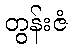
တွန်းဇံ